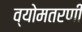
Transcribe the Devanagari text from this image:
व्योमतरणी